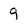
Character: 9